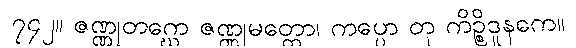
၇၄၂။ ဇဏ္ဏုတဂ္ဃော ဇဏ္ဏုမတ္တော၊ ကပ္ပော တု ကိဉ္စိဒူနကေ။